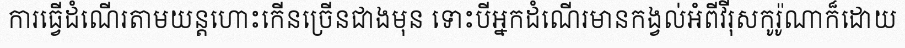
ការធ្វើដំណើរតាមយន្តហោះកើនច្រើនជាងមុន ទោះបីអ្នកដំណើរមានកង្វល់អំពីវីរុសកូរ៉ូណាក៏ដោយ